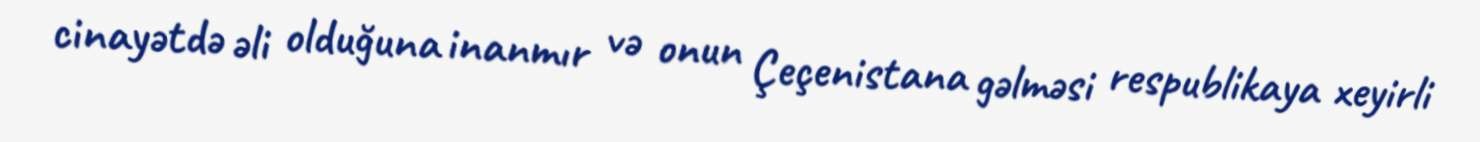
cinayətdə əli olduğuna inanmır və onun Çeçenistana gəlməsi respublikaya xeyirli